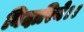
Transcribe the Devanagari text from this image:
बिदारिये।।